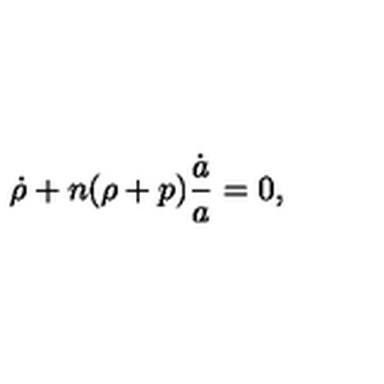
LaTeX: \dot { \rho } + n ( \rho + p ) { \frac { \dot { a } } { a } } = 0 ,